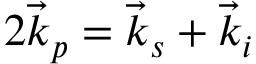
2 \vec { k } _ { p } = \vec { k } _ { s } + \vec { k } _ { i }